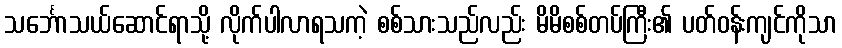
သင်္ဘောသယ်ဆောင်ရာသို့ လိုက်ပါလာရသကဲ့ စစ်သားသည်လည်း မိမိစစ်တပ်ကြီး၏ ပတ်ဝန်းကျင်ကိုသာ